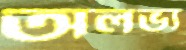
অলভ্য